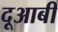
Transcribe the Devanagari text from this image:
दूआबी